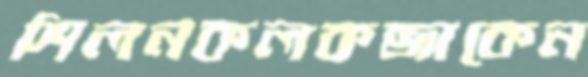
শিলনকলকব্জাকেন